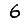
Digit: 6